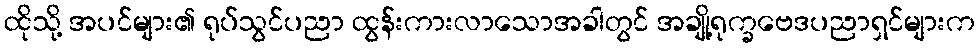
ထိုသို့ အပင်များ၏ ရုပ်သွင်ပညာ ထွန်းကားလာသောအခါတွင် အချို့ရုက္ခဗေဒပညာရှင်များက